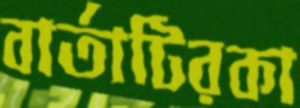
বার্তাটিরকা